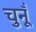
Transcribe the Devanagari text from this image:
चुनूँ